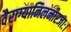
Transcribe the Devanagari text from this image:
वैराग्यानिलनीरजाः।